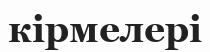
кірмелері